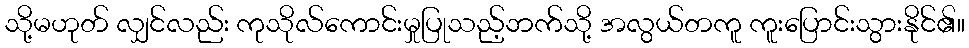
သို့မဟုတ် လျှင်လည်း ကုသိုလ်ကောင်းမှုပြုသည့်ဘက်သို့ အလွယ်တကူ ကူးပြောင်းသွားနိုင်၏။